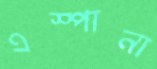
এস্পানা